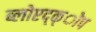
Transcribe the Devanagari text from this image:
ब्लोएद्क्ोप